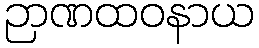
ဉာဏထဝနာယ